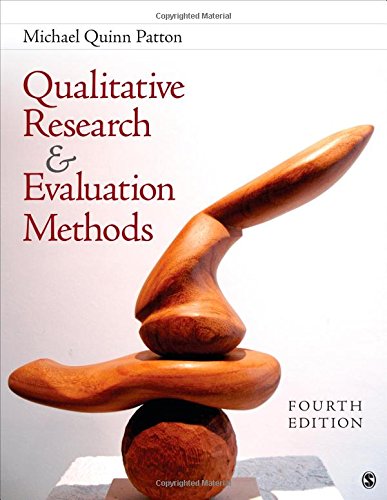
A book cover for Qualitative Research & Evaluation Methods: Integrating Theory and Practice; Michael Quinn Patton; Science & Math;